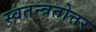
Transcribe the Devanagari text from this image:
स्वतन्त्रतोत्तर